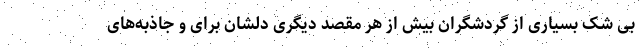
بی شک بسیاری از گردشگران بیش از هر مقصد دیگری دلشان برای و جاذبه‌های